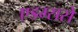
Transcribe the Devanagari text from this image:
एडम्ससे